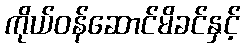
ကိုယ်ဝန်ဆောင်မိခင်နှင့်